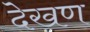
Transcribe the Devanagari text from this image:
देखण